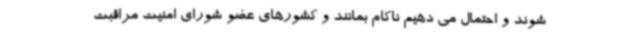
شوند و احتمال می دهیم ناکام بمانند و کشورهای عضو شورای امنیت مراقبت